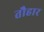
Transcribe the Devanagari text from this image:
तौहार